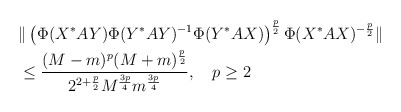
\begin{align*}&\|\left(\Phi(X^*AY)\Phi(Y^*AY)^{-1}\Phi(Y^*AX)\right)^{\frac{p}{2}}\Phi(X^*AX)^{-\frac{p}{2}}\|\\&\le \frac{(M-m)^{p}(M+m)^{\frac{p}{2}}}{2^{2+\frac{p}{2}} M^{\frac{3p}{4}}m^{\frac{3p}{4}}},~~~p\ge 2\end{align*}